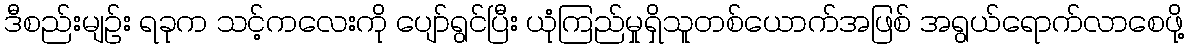
ဒီစည်းမျဉ်း ရခုက သင့်ကလေးကို ပျော်ရွင်ပြီး ယုံကြည်မှုရှိသူတစ်ယောက်အဖြစ် အရွယ်ရောက်လာစေဖို့